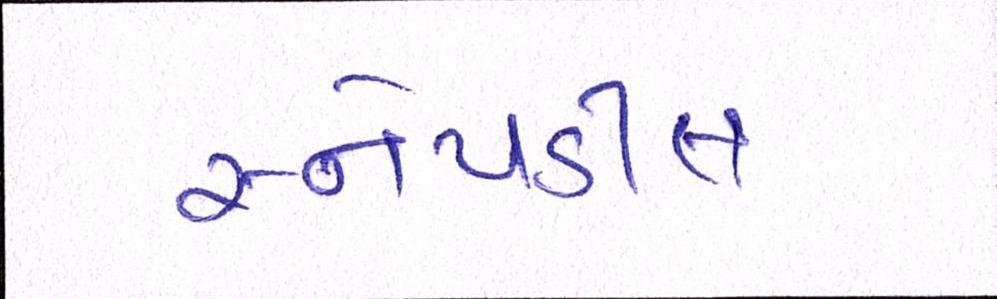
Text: સ્નેપડીલ